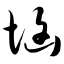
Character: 垴